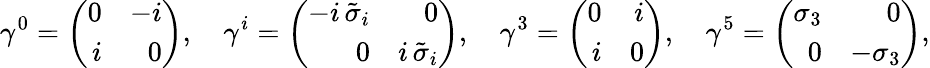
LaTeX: \gamma^{0}=\left(\begin{array}{rr}{{0}}&{{-i}}\\ {{i}}&{{0}}\end{array}\right),\quad\gamma^{i}=\left(\begin{array}{rr}{{-i\, \tilde{\sigma}_{i}}}&{{0}}\\ {{0}}&{{i\, \tilde{\sigma}_{i}}}\end{array}\right),\quad\gamma^{3}=\left(\begin{array}{rr}{{0}}&{{i}}\\ {{i}}&{{0}}\end{array}\right),\quad\gamma^{5}=\left(\begin{array}{rr}{{\sigma_{3}}}&{{0}}\\ {{0}}&{{-\sigma_{3}}}\end{array}\right),